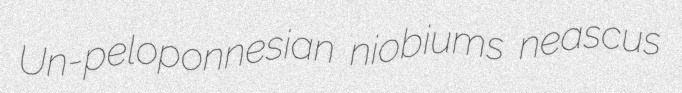
Un-peloponnesian niobiums neascus